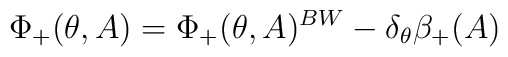
\Phi_+(\theta ,A)=\Phi_+(\theta ,A)^{BW}-\delta_\theta\beta_+(A)